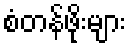
စံတန်ဖိုးများ